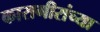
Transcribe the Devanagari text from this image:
कारागीरांच्या